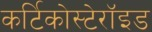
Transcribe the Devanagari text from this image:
कर्टिकोस्टेरॉइड